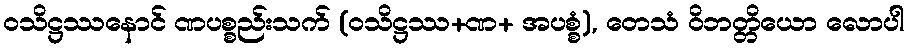
ဝသိဋ္ဌဿနောင် ဏပစ္စည်းသက် (ဝသိဋ္ဌဿ+ဏ+ အပစ္စံ), တေသံ ဝိဘတ္တိယော လောပါ